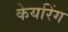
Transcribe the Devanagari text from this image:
केयरिंग